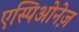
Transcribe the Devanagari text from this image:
एस्पिओनेज़